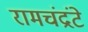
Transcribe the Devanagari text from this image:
रामचंद्रंटे